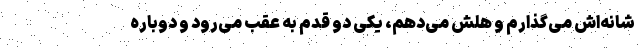
شانه‌اش می‌گذارم و هلش می‌دهم، یکی دو قدم به عقب می‌رود و دوباره